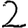
Digit: 2